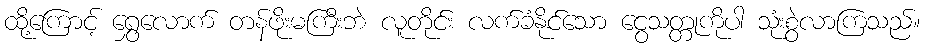
ထို့ကြောင့် ရွှေလောက် တန်ဖိုးမကြီးဘဲ လူတိုင်း လက်ခံနိုင်သော ငွေသတ္တုကိုပါ သုံးစွဲလာကြသည်။